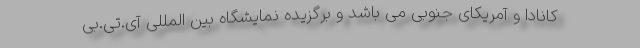
کانادا و آمریکای جنوبی می باشد و برگزیده نمایشگاه بین المللی آی.تی.بی